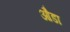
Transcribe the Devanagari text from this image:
औडा